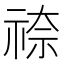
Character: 𮁿